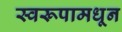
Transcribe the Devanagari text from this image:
स्वरूपामधून